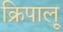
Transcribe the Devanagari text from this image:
क्रिपालू